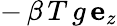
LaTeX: -\, \beta\, T\, g\, {\mathbf e}_{z}